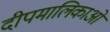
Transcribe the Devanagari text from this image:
दीपमालिकाओं